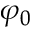
\varphi _ { 0 }